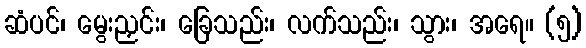
ဆံပင်၊ မွေးညှင်း၊ ခြေသည်း၊ လက်သည်း၊ သွား၊ အရေ။ (၅)